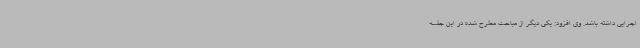
اجرایی داشته باشد. وی افزود: یکی دیگر از مباحث مطرح شده در این جلسه